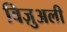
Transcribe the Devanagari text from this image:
विज़ुअली